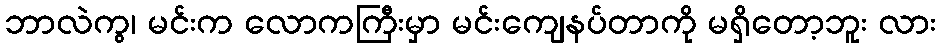
ဘာလဲကွ၊ မင်းက လောကကြီးမှာ မင်းကျေနပ်တာကို မရှိတော့ဘူး လား